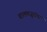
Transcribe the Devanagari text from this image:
बालमजूरांचा